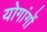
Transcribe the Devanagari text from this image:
योगांगों